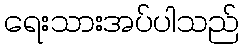
ရေးသားအပ်ပါသည်